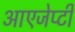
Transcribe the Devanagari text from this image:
आएजेप्टी